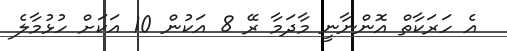
އެ ހަރަކާތް އޮންނާނީ މާދަމާ ރޭ 8 އަކުން 10 އަކަށް ހުޅުމާލެ